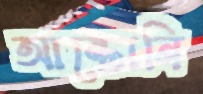
আন্তোনি